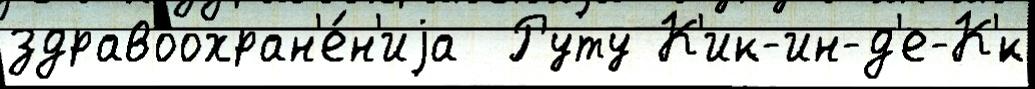
здравоохран'е́н'иjа  Руту К'ик-ин-д'е-К'́к